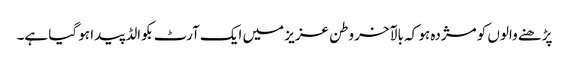
پڑھنے والوں کو مژدہ ہو کہ بالآخر وطن عزیز میں ایک آرٹ بکوالڈ پیدا ہو گیا ہے۔